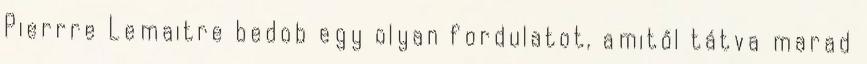
Pierrre Lemaitre bedob egy olyan fordulatot, amitől tátva marad